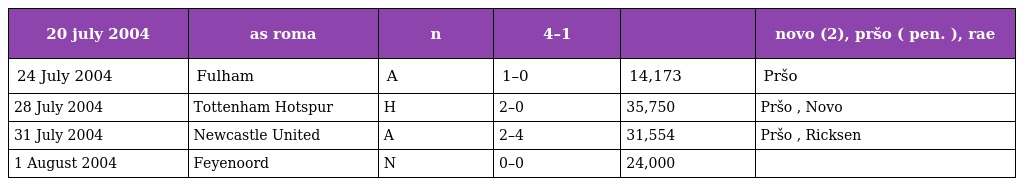
| 20 july 2004 | as roma | n | 4–1 |  | novo (2), pršo ( pen. ), rae |
 | --- | --- | --- | --- | --- | --- |
 | 24 July 2004 | Fulham | A | 1–0 | 14,173 | Pršo |
 | 28 July 2004 | Tottenham Hotspur | H | 2–0 | 35,750 | Pršo , Novo |
 | 31 July 2004 | Newcastle United | A | 2–4 | 31,554 | Pršo , Ricksen |
 | 1 August 2004 | Feyenoord | N | 0–0 | 24,000 |  |